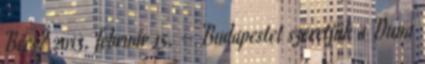
Bécs? 2013. február 15. – Budapestet szeretjük a Duna